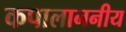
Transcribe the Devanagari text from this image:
कपालाननीय